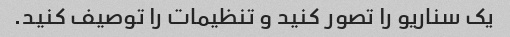
یک سناریو را تصور کنید و تنظیمات را توصیف کنید.